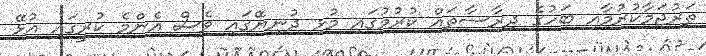
ތަރުޖަމާކުރުމާއި ބަހުގެ ދިރާސާތައް ކުރުމުގައި މުޅި ދުނިޔޭގައި ވެސް އެންމެ ކުރީގައި އުޅޭ